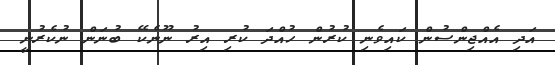
އަދި އެއްޖިންސުން ކައިވެނި ކުރުން ހުއްދަ ކުރި އިރު ނޫނެކޭ ބުނަން ނުކެރުނީ